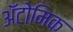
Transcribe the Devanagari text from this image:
ॲटोमिक